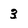
Character: 3